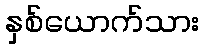
နှစ်ယောက်သား